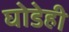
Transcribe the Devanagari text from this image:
घोडेही